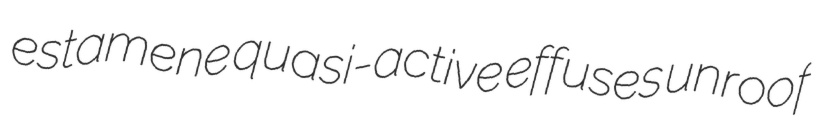
estamene quasi-active effuses unroof